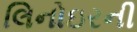
લિનોઇરની